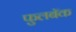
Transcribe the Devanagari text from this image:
फुलबॅक